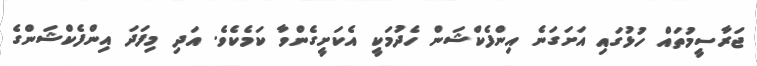
ޖަރާސީމުތައް ހުޅުގައި އަށަގަނެ އިންފެކްޝަން ހެދުމަކީ އެކަށީގެންވާ ކަމެކެވެ. އަދި މިފަދަ އިންފެކްޝަންގެ